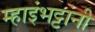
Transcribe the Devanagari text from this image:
म्हाइंभट्टांनी